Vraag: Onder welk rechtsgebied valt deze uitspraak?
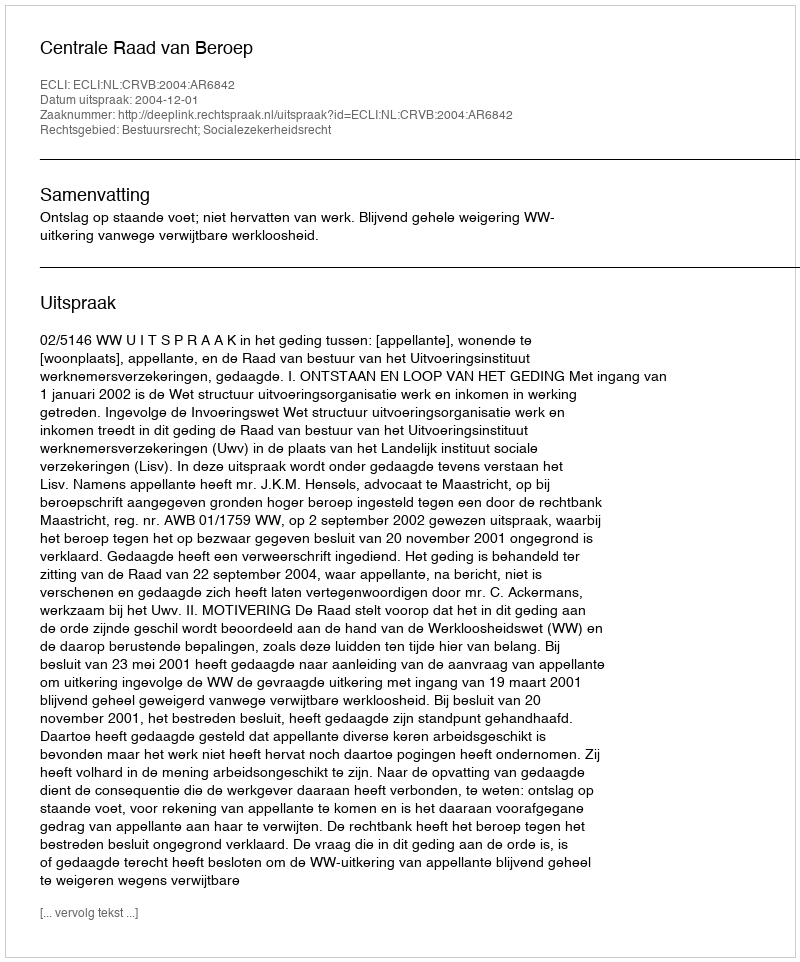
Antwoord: Bestuursrecht; Socialezekerheidsrecht